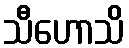
သီဟောသိ